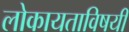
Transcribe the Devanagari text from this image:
लोकायताविषयी